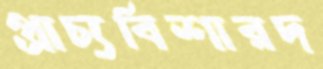
প্রাচ্যবিশারদ